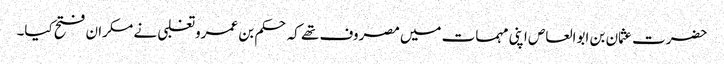
حضرت عثمان بن ابوالعاص اپنی مہمات میں مصروف تھے کہ حکم بن عمرو تغلبی نے مکران فتح کیا۔